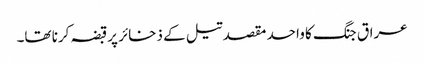
عراق جنگ کا واحد مقصد تیل کے ذخائر پرقبضہ کرنا تھا۔